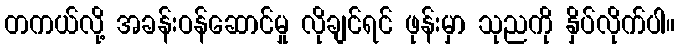
တကယ်လို့ အခန်းဝန်ဆောင်မှု လိုချင်ရင် ဖုန်းမှာ သုညကို နှိပ်လိုက်ပါ။